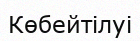
Көбейтілуі